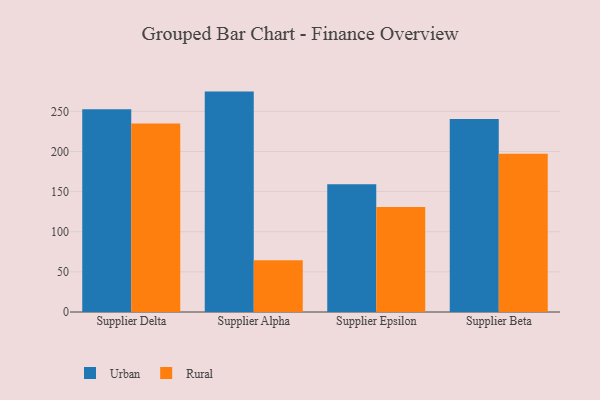
{"axis": {"x": "Supplier", "y": "Revenue (USD Million)"}, "legend": ["Rural", "Urban"], "data": [{"x": "Supplier Delta", "y": 252.7, "type": "Urban"}, {"x": "Supplier Delta", "y": 235.0, "type": "Rural"}, {"x": "Supplier Alpha", "y": 274.6, "type": "Urban"}, {"x": "Supplier Alpha", "y": 64.5, "type": "Rural"}, {"x": "Supplier Epsilon", "y": 159.2, "type": "Urban"}, {"x": "Supplier Epsilon", "y": 130.9, "type": "Rural"}, {"x": "Supplier Beta", "y": 240.6, "type": "Urban"}, {"x": "Supplier Beta", "y": 197.1, "type": "Rural"}]}